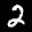
Label: 2